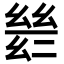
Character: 𫷡